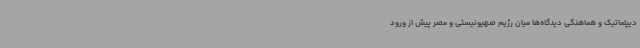
دیپلماتیک و هماهنگی دیدگاه‌ها میان رژیم ‌صهیونیستی و مصر پیش از ورود